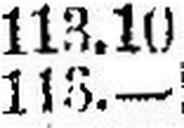
113.—